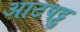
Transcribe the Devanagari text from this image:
आटपट्टु